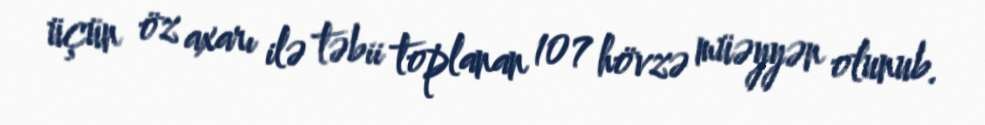
üçün öz axarı ilə təbii toplanan 107 hövzə müəyyən olunub.